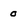
Character: 0